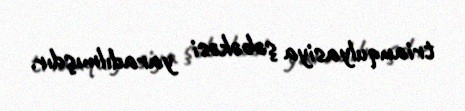
trianqulyasiya şəbəkəsi yaradılmışdır.